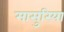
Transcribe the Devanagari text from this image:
मासुरिया